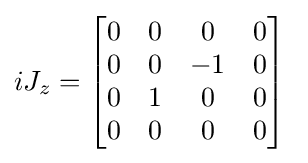
iJ_{z}={\begin{bmatrix}0&0&0&0\\0&0&-1&0\\0&1&0&0\\0&0&0&0\end{bmatrix}}~